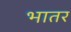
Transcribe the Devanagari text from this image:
भातर